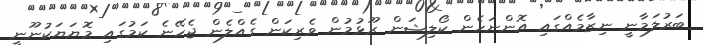
ބަރުލަމާނީ ނިޒާމެއްގައި އޮންނަހެން ކޯލިޝަން ރޫޅުމުން ވެރިކަން ގެއްލެން ޖެހޭނެ ކަމުގައި މޮޔަޔަކުނޫނީ